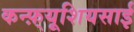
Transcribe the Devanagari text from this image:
कन्फ़्यूशियसाई